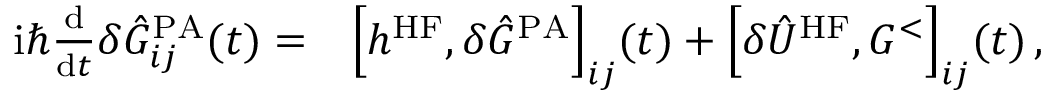
\begin{array} { r l } { \mathrm { i } \hbar \frac { \mathrm { d } } { \mathrm { d } t } \delta \hat { G } _ { i j } ^ { \mathrm { P A } } ( t ) = } & { { } \Big [ h ^ { \mathrm { H F } } , \delta \hat { G } ^ { \mathrm { P A } } \Big ] _ { i j } ( t ) + \Big [ \delta \hat { U } ^ { \mathrm { H F } } , G ^ { < } \Big ] _ { i j } ( t ) \, , \, } \end{array}